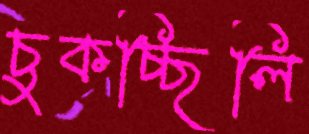
চুকচ্ছিলি